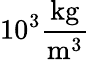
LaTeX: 10^{3}\mathrm{{\frac{kg}{m^{3}}}}